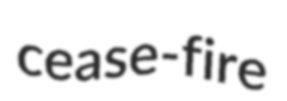
cease-fire